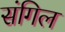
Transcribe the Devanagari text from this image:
संगिल